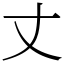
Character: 丈